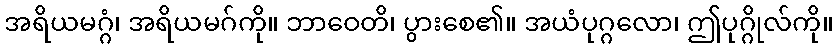
အရိယမဂ္ဂံ၊ အရိယမဂ်ကို။ ဘာဝေတိ၊ ပွားစေ၏။ အယံပုဂ္ဂလော၊ ဤပုဂ္ဂိုလ်ကို။